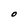
Character: O